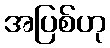
အပြစ်ဟု